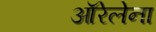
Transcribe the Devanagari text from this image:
ऑरेलेना